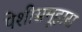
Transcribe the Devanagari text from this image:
पेशीसमूहास